Report of the Hyderabad Chloroform Commission
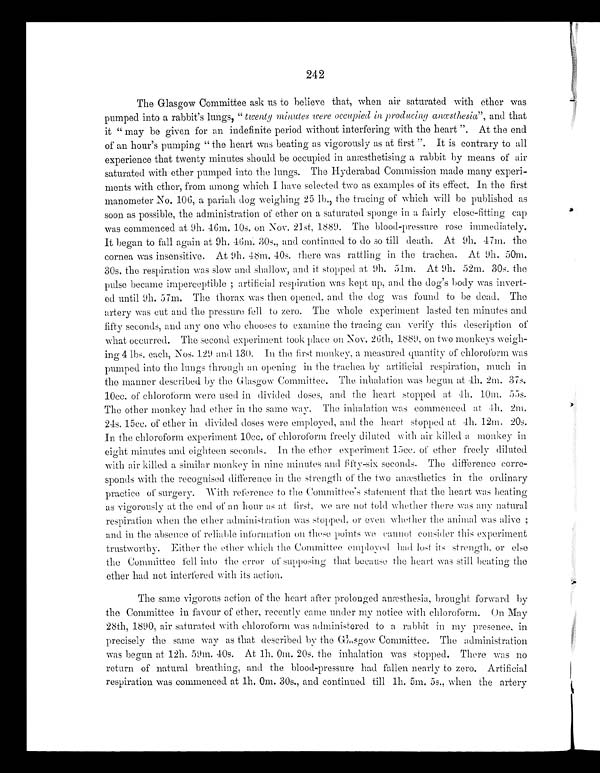
242
The Glasgow Committee ask us to believe that, when air saturated with ether was
pumped into a rabbit's lungs, " twenty minutes were occupied in producing anæsthesia", and that
it "may be given for an indefinite period without interfering with the heart". At the end
of an hour's pumping "the heart was beating as vigorously as at first". It is contrary to all
experience that twenty minutes should be occupied in
an anæsthetising a rabbit by means of air
saturated with ether pumped into the lungs. The Hyderabad Commission made many experi--
ments with ether, from among which I have selected two as examples of its effect. In the first
manometer No. 106, a pariah dog weighing 25 lb., the tracing of which will be published as
soon as possible, the administration of ether on a saturated sponge in a fairly close-fitting cap
was commenced at 9h. 46m. 10s. on Nov. 21st, 1889. The blood-pressure rose immediately.
It began to fall again at 9h. 46m. 30s., and continued to do so till death. At 9h. 47m. the
cornea was insensitive. At 9h. 48m. 40s. there was rattling in the trachea. At 9h. 50m.
30s. the respiration was slow and shallow, and it stopped at 9h. 51m. At 9h. 52m. 30s. the
pulse became imperceptible; artificial respiration was kept up, and the dog's body was invert--
ed until 9h. 57m. The thorax was then opened, and the dog was found to be dead. The
artery was cut and the pressure fell to zero. The whole experiment lasted ten minutes and
fifty seconds, and any ono who chooses to examine the tracing can verify this description of
what occurred. The second experiment took place on Nov. 26th, 1989, on two monkeys weigh--
ing 4 lbs. each, Nos. 129 and 130. In the first monkey, a measured quantity of chloroform was
pumped into the lungs through an opening in the trachea by artificial respiration, much in
the manner described by the Glasgow Committee. The inhalation was begun at 4h. 2m. 37s.
10cc. of chloroform were used in divided doses, and the heart stopped at 4h. 10m. 55s.
The other monkey had ether in the same way. The inhalation was commenced at 4h. 2m.
24s. 15cc. of ether in divided doses were employed, and the heart stopped at 4h. 12m. 20s.
In the chloroform experiment 10cc. of chloroform freely diluted with air killed a monkey in
eight minutes and eighteen seconds. In the ether experiment 15cc. of ether freely diluted
with air killed a similar monkey in nine minutes and fifty-six seconds. The difference corre-
-sponds with the recognised difference in the strength of the two anæsthetics in the ordinary
practice of surgery. With reference to the Committee's statement that the heart was beating
as vigorously at the end of an hour as at fist, we are not told whether there was any natural
respiration when the ether administration was stopped, or even whether the animal was alive;
and in the absence of reliable information on theses points we cannot consider this experiment
trustworthy. Either the ether which the Committee employed had lost its strength, or else
the Committee fell into the error of supposing that because the heart was still beating the
ether had not interfered with its action.
The same vigorous action of the heart after prolonged anæsthesia, brought forward by
the Committee in favour of ether, recently came under my notice with chloroform. On May
28th, 1890, air saturated with chloroform was administered to a rabbit in my presence, in
precisely the same way as that described by the Glasgow Committee. The administration
was begun at 12h. 59m. 40s. At lh. 0m. 20s. the inhalation was stopped. There was no
return of natural breathing, and the blood-pressure had fallen nearly to zero. Artificial
respiration was commenced at 1h. 0m. 30s., and continued till lh. 5m. 5s., when the artery